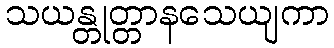
သယန္တုတ္တာနသေယျကာ